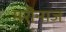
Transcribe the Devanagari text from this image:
मरीनाज